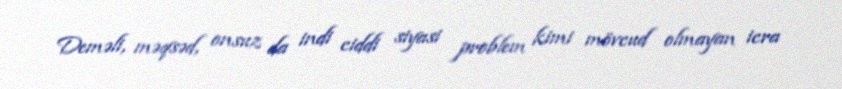
Deməli, məqsəd, onsuz da indi ciddi siyasi problem kimi mövcud olmayan icra